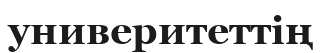
универитеттің